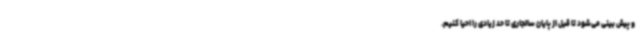
و پیش بینی می‌شود تا قبل از پایان سالجاری تا حد زیادی را احیا کنیم.